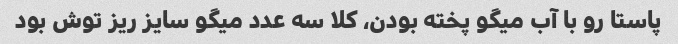
پاستا رو با آب میگو پخته بودن، کلا سه عدد میگو سایز ریز توش بود